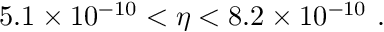
5 . 1 \times 1 0 ^ { - 1 0 } < \eta < 8 . 2 \times 1 0 ^ { - 1 0 } ~ .